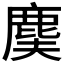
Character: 𪊐